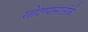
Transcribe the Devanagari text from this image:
खोदण्यासाठीचे